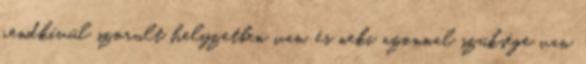
rendkívül szorult helyzetben van, és neki azonnal szüksége van